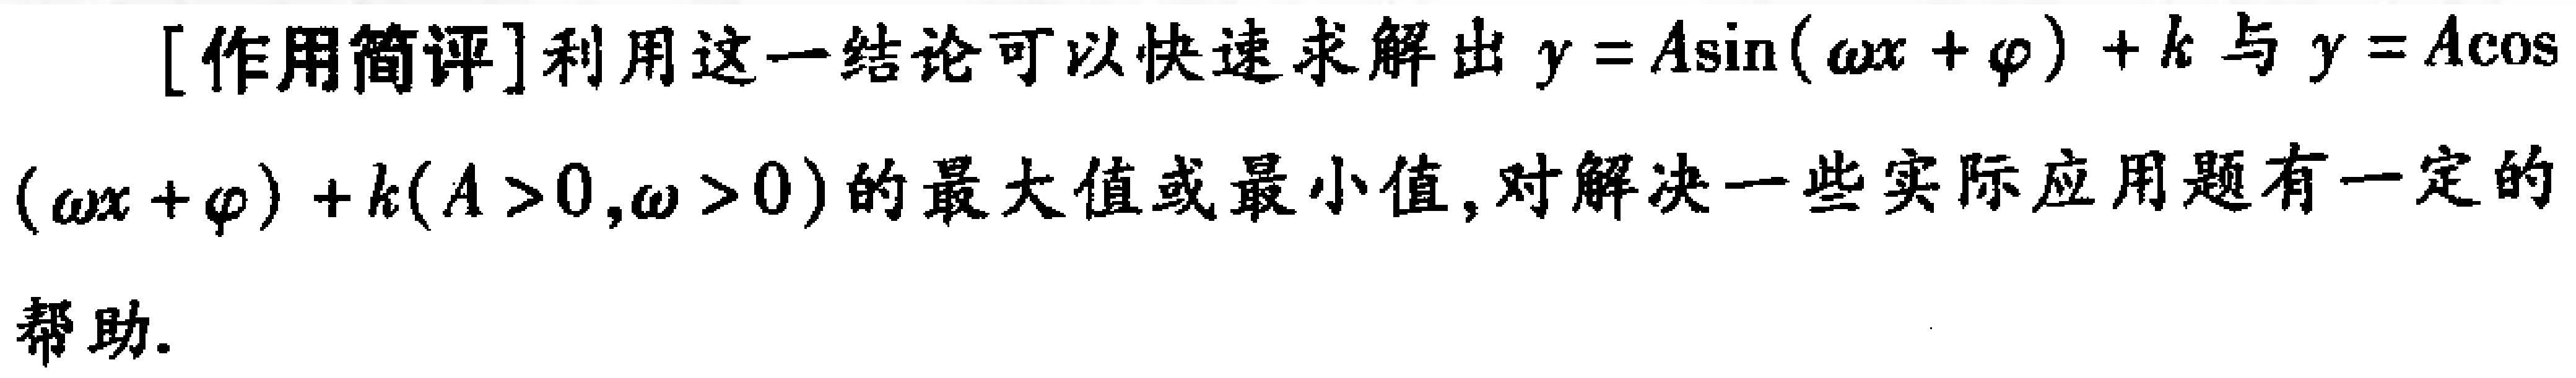
[作用简评]利用这一结论可以快速求解出 \(y = A\sin(\omega x+\varphi)+k\) 与 \(y = A\cos(\omega x+\varphi)+k(A > 0,\omega > 0)\) 的最大值或最小值, 对解决一些实际应用题有一定的帮助.